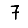
Digit: 7